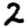
Digit: 2